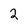
Character: 2